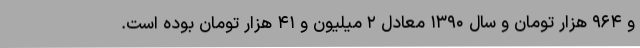
و ۹۶۴ هزار تومان و سال ۱۳۹۰ معادل ۲ میلیون و ۴۱ هزار تومان بوده است.